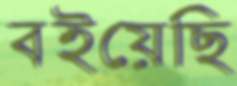
বইয়েছি